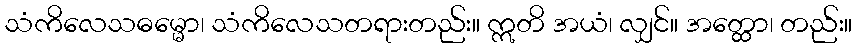
သံကိလေသဓမ္မော၊ သံကိလေသတရားတည်း။ ဣတိ အယံ၊ လျှင်။ အတ္ထော၊ တည်း။